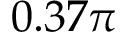
0 . 3 7 \pi